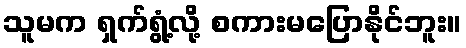
သူမက ရှက်ရွံ့လို့ စကားမပြောနိုင်ဘူး။